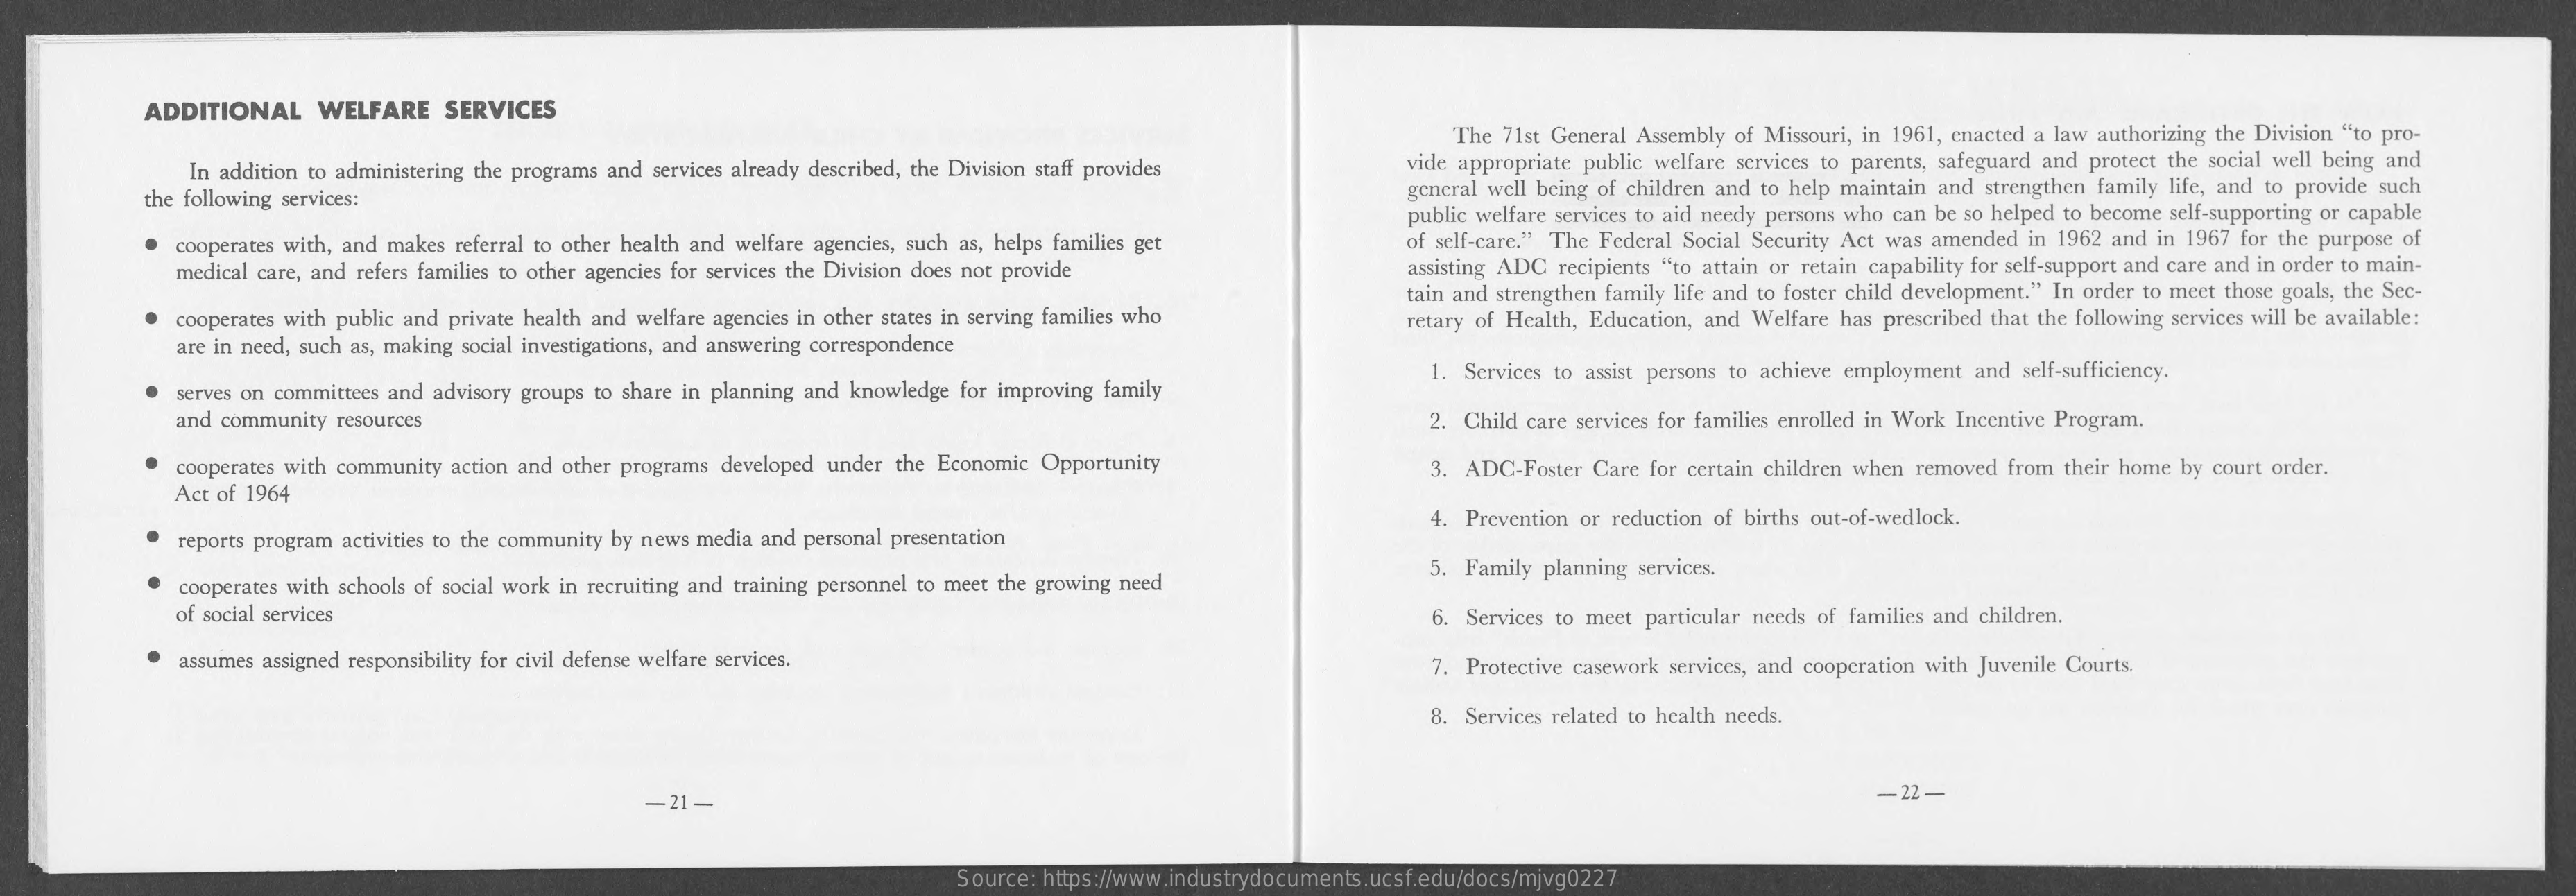
ADDITIONAL    WELFARE   SERVICES
     The 71st General Assembly of Missouri, in 1961, enacted a law authorizing the Division "to pro-
     In addition to administering the programs and services already described, the Division staff provides vide appropriate public welfare services to parents, safeguard and protect the social well being and
     the following services:    general well being of children and to help maintain and strengthen family life, and to provide such
     public welfare services to aid needy persons who can be so helped to become self-supporting or capable
     cooperates with, and makes referral to other health and welfare agencies, such as, helps families get of self-care." The Federal Social Security Act was amended in 1962 and in 1967 for the purpose of
     medical care, and refers families to other agencies for services the Division does not provide  assisting ADC recipients "to attain or retain capability for self-support and care and in order to main-
     cooperates with public and private health and welfare agencies in other states in serving families who
     tain and strengthen family life and to foster child development." In order to meet those goals, the Sec-
     are in need, such as, making social investigations, and answering correspondence
     retary of Health, Education, and Welfare has prescribed that the following services will be available:
     serves on committees and advisory groups to share in planning and knowledge for improving family
     1. Services to assist persons to achieve employment and self-sufficiency.
     and community resources    2. Child care services for families enrolled in Work Incentive Program.
     cooperates with community action and other programs developed under the Economic Opportunity
     Act of 1964
     3. ADC-Foster Care for certain children when removed from their home by court order.
     reports program activities to the community by news media and personal presentation
     4. Prevention or reduction of births out-of-wedlock.
     cooperates with schools of social work in recruiting and training personnel to meet the growing need
     5. Family planning services.
     of social services    6. Services to meet particular needs of families and children.
     assumes assigned responsibility for civil defense welfare services.    7. Protective casework services, and cooperation with Juvenile Courts.
     8. Services related to health needs.
     -21-    -22 -
     Source: https://www.industrydocuments.ucsf.edu/docs/mjvg0227